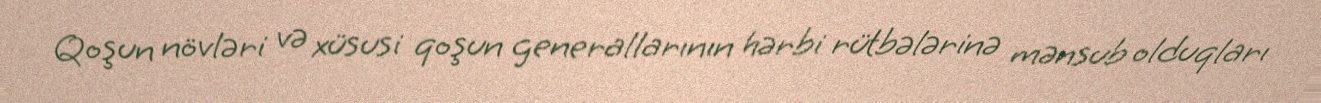
Qoşun növləri və xüsusi qoşun generallarının hərbi rütbələrinə mənsub olduqları